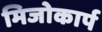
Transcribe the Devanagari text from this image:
मिजोकार्प